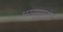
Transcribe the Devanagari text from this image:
अनन्तसूत्रबांध